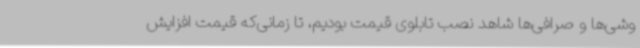
وشی‌ها و صرافی‌ها شاهد نصب تابلوی قیمت بودیم، تا زمانی‌که قیمت افزایش